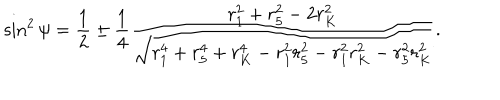
\sin ^ { 2 } { \psi } = \frac { 1 } { 2 } \pm \frac { 1 } { 4 } \frac { r _ { 1 } ^ { 2 } + r _ { 5 } ^ { 2 } - 2 r _ { K } ^ { 2 } } { \sqrt { r _ { 1 } ^ { 4 } + r _ { 5 } ^ { 4 } + r _ { K } ^ { 4 } - r _ { 1 } ^ { 2 } r _ { 5 } ^ { 2 } - r _ { 1 } ^ { 2 } r _ { K } ^ { 2 } - r _ { 5 } ^ { 2 } r _ { K } ^ { 2 } } } .